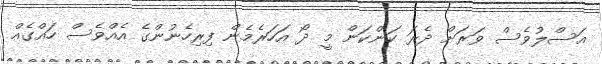
އަސްލުވެސް ވަރަށް ދެރަ ކަންކަން މީ ދޯ އަހަރެމެން ފިރިހެނުންގެ އެއްވެސް ހައްގެއް